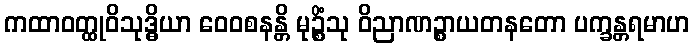
ကထာဝတ္ထုဝိသုဒ္ဓိယာ ဝေဝစနန္တိ မုဉ္စိံသု ဝိညာဏဉ္စာယတနတော ပက္ခန္တရမာဟ